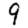
Digit: 9